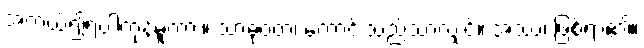
အကယ်၍ရပါကုန်မူကား။ သာဓုဝတ၊ ကောင်းသည်သာလျှင်။ အဿ၊ ဖြစ်ရာ၏။